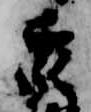
衆